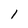
Character: l